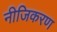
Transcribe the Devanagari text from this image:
नीजिकरण